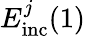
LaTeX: E_{\mathrm{inc}}^{j}(1)